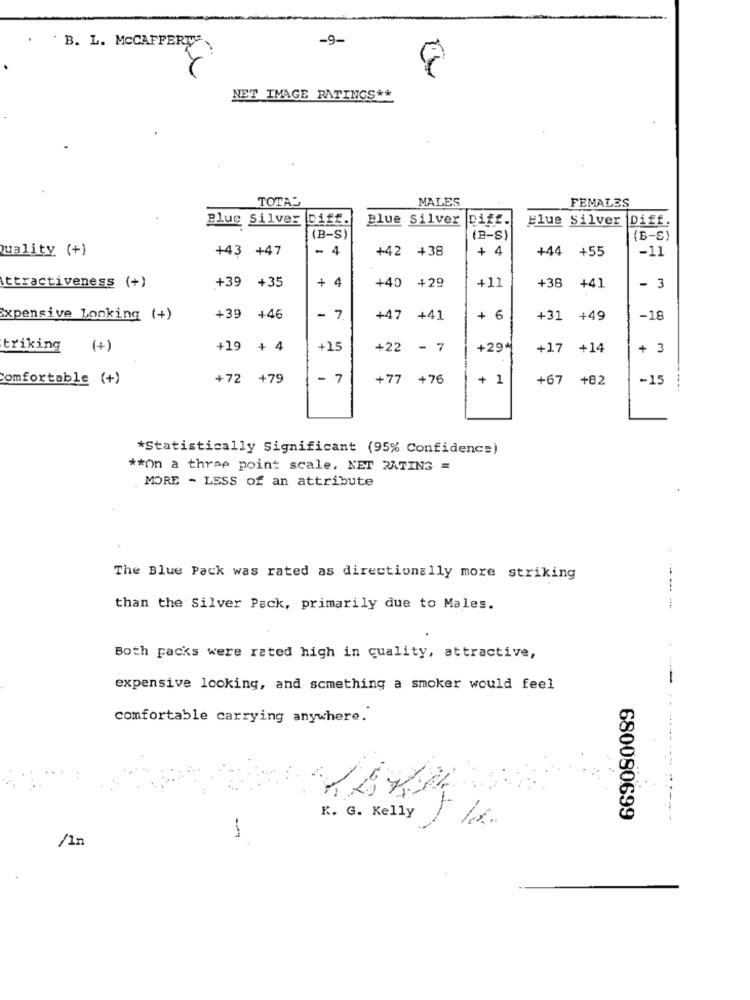
B. L. MCCAFFERTY
-9-
NET IMAGE RATINGS **
TOTAL
MALES
FEMALES
Plus Silver Diff.
Blue Silver
Diff.
Blue Silver Diff.
(B-S)
(B-S)
(B-S)
Quality (+)
+43 +47
- 4
+42 +38
+ 4
+44 +55
-11
+ 4
+11
+38
Attractiveness (+)
+39 +35
+40 +29
+41
- 3
Expensive Looking (+)
+39 +46
- 7
+47 +41
+ 6
+31 +49
-18
triking
(+)
+19 + 4
+15
+22 - 7
+29*
+17 +14
+ 3
Comfortable (+)
+72 +79
- 7
+77 +76
+ 1
+67 +82
-15
*Statistically Significant (95% Confidence)
** on a three point scale, NET RATING =
. MORE - LESS of an attribute
.
The Blue Pack was rated as directionally more striking
than the Silver Pack, primarily due to Males.
Both packs were rated high in quality, attractive,
expensive looking, and something a smoker would feel
comfortable carrying anywhere.
K. G. Kelly
680080699
/In